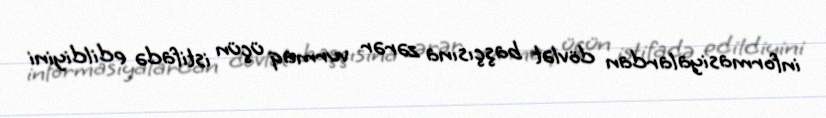
informasiyalardan dövlət başçısına zərər vurmaq üçün istifadə edildiyini